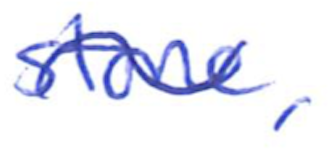
Text: stone,
Cross-out: wave
Writing tool: ballpoint